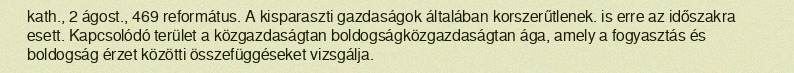
kath., 2 ágost., 469 református. A kisparaszti gazdaságok általában korszerűtlenek. is erre az időszakra esett. Kapcsolódó terület a közgazdaságtan boldogságközgazdaságtan ága, amely a fogyasztás és boldogság érzet közötti összefüggéseket vizsgálja.